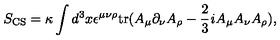
S _ { \mathrm { C S } } = \kappa \int d ^ { 3 } x \/ \epsilon ^ { \mu \nu \rho } \mathrm { t r } ( A _ { \mu } \partial _ { \nu } A _ { \rho } - \frac { 2 } { 3 } { \it i } A _ { \mu } A _ { \nu } A _ { \rho } ) ,